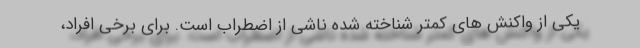
یکی از واکنش های کمتر شناخته شده ناشی از اضطراب است. برای برخی افراد،